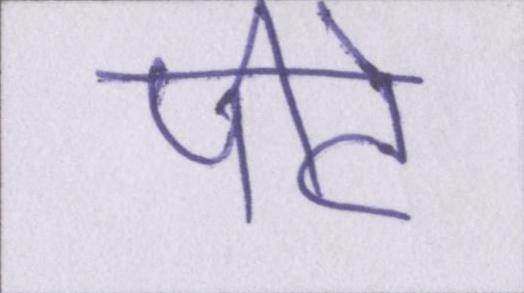
पीटे